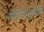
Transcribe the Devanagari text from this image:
संगीतपद्धतीने